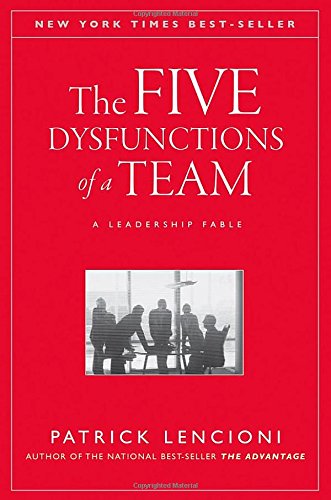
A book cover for The Five Dysfunctions of a Team: A Leadership Fable; Patrick Lencioni; Business & Money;